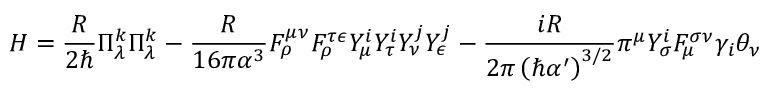
H = \frac { R } { 2 \hbar } \Pi _ { \lambda } ^ { k } \Pi _ { \lambda } ^ { k } - \frac { R } { 1 6 \pi \alpha ^ { 3 } } F _ { \rho } ^ { \mu \nu } F _ { \rho } ^ { \tau \epsilon } Y _ { \mu } ^ { i } Y _ { \tau } ^ { i } Y _ { \nu } ^ { j } Y _ { \epsilon } ^ { j } - \frac { i R } { { 2 \pi } \left( \hbar \alpha ^ { \prime } \right) ^ { 3 / 2 } } \pi ^ { \mu } Y _ { \sigma } ^ { i } F _ { \mu } ^ { \sigma \nu } \gamma _ { i } \theta _ { \nu }